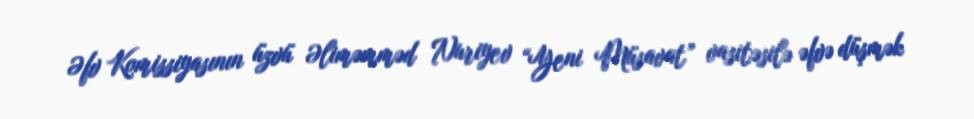
Əfv Komissiyasının üzvü Əliməmməd Nuriyev “Yeni Müsavat” vasitəsilə əfvə düşmək